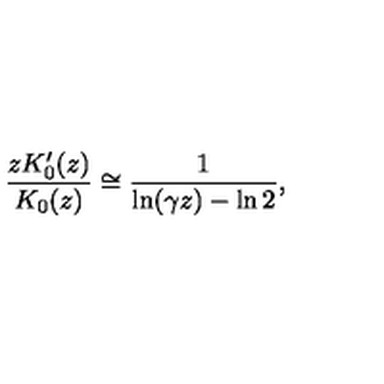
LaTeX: \frac { z K _ { 0 } ^ { \prime } ( z ) } { K _ { 0 } ( z ) } \cong \frac { 1 } { \ln ( \gamma z ) - \ln 2 } ,